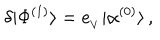
\delta | \Phi ^ { ( 1 ) } \rangle = e _ { _ V } | \alpha ^ { ( 0 ) } \rangle \, ,